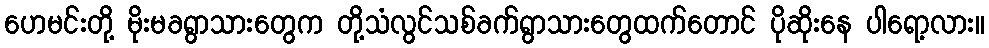
ဟေမင်းတို့ မိုးမခရွာသားတွေက တို့သံလွင်သစ်ခက်ရွာသားတွေထက်တောင် ပိုဆိုးနေ ပါရော့လား။